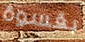
بقسوة